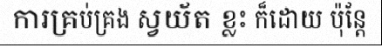
ការគ្រប់គ្រង ស្វយ័ត ខ្លះ ក៏ដោយ ប៉ុន្តែ